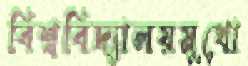
বিশ্ববিদ্যালয়মুখো